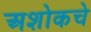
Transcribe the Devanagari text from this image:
अशोकचे